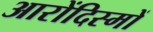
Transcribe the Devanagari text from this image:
आरोंदिस्मों